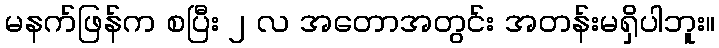
မနက်ဖြန်က စပြီး ၂ လ အတောအတွင်း အတန်းမရှိပါဘူး။